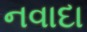
નવાદા